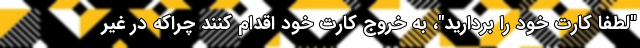
"لطفا کارت خود را بردارید"، به خروج کارت خود اقدام کنند چراکه در غیر